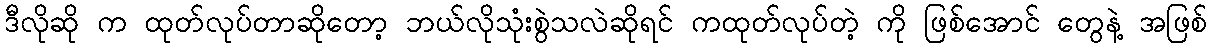
ဒီလိုဆို က ထုတ်လုပ်တာဆိုတော့ ဘယ်လိုသုံးစွဲသလဲဆိုရင် ကထုတ်လုပ်တဲ့ ကို ဖြစ်အောင် တွေနဲ့ အဖြစ်